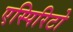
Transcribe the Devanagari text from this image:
एस्पिरिटो